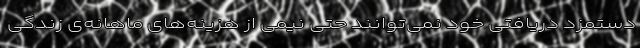
دستمزد دریافتی خود نمی‌توانند حتی نیمی از هزینه‌های ماهانه‌ی زندگی